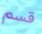
قسم